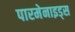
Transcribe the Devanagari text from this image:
पारमेनाइड्स